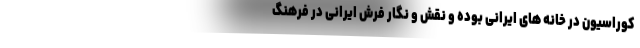
کوراسیون در خانه های ایرانی بوده و نقش و نگار فرش ایرانی در فرهنگ